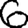
Digit: 6